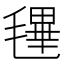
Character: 𣯴